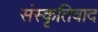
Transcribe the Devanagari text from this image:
संस्कृतिवाद